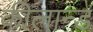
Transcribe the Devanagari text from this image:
कीलान्ड